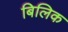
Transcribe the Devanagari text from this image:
बिलिक